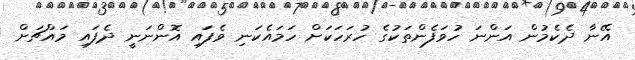
އޭނާ ދެކެމުން އަންނަ ހުވަފެންތަކުގެ ހުރަހަކަށް ހަމައެކަނި ވެފައި އޮންނަނީ ދެފައި މައްޗަށް